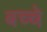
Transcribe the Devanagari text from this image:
बच्चे